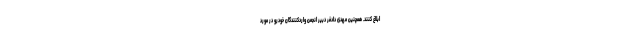
ابلاغ کنند. همچنین مهدی دادفر دبیر انجمن واردکنندگان خودرو در مورد